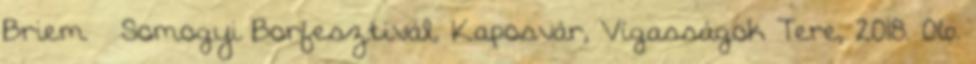
Briem – Somogyi Borfesztivál, Kaposvár, Vígasságok Tere, 2018. 06.